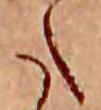
た